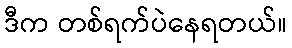
ဒီက တစ်ရက်ပဲနေရတယ်။